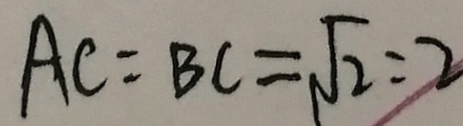
A C = B C = \sqrt { 2 } : 2